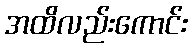
အထိလည်းကောင်း